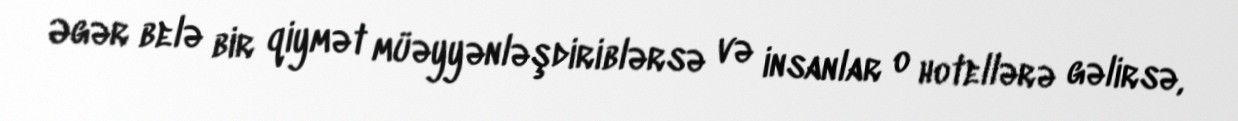
Əgər belə bir qiymət müəyyənləşdiriblərsə və insanlar o hotellərə gəlirsə,